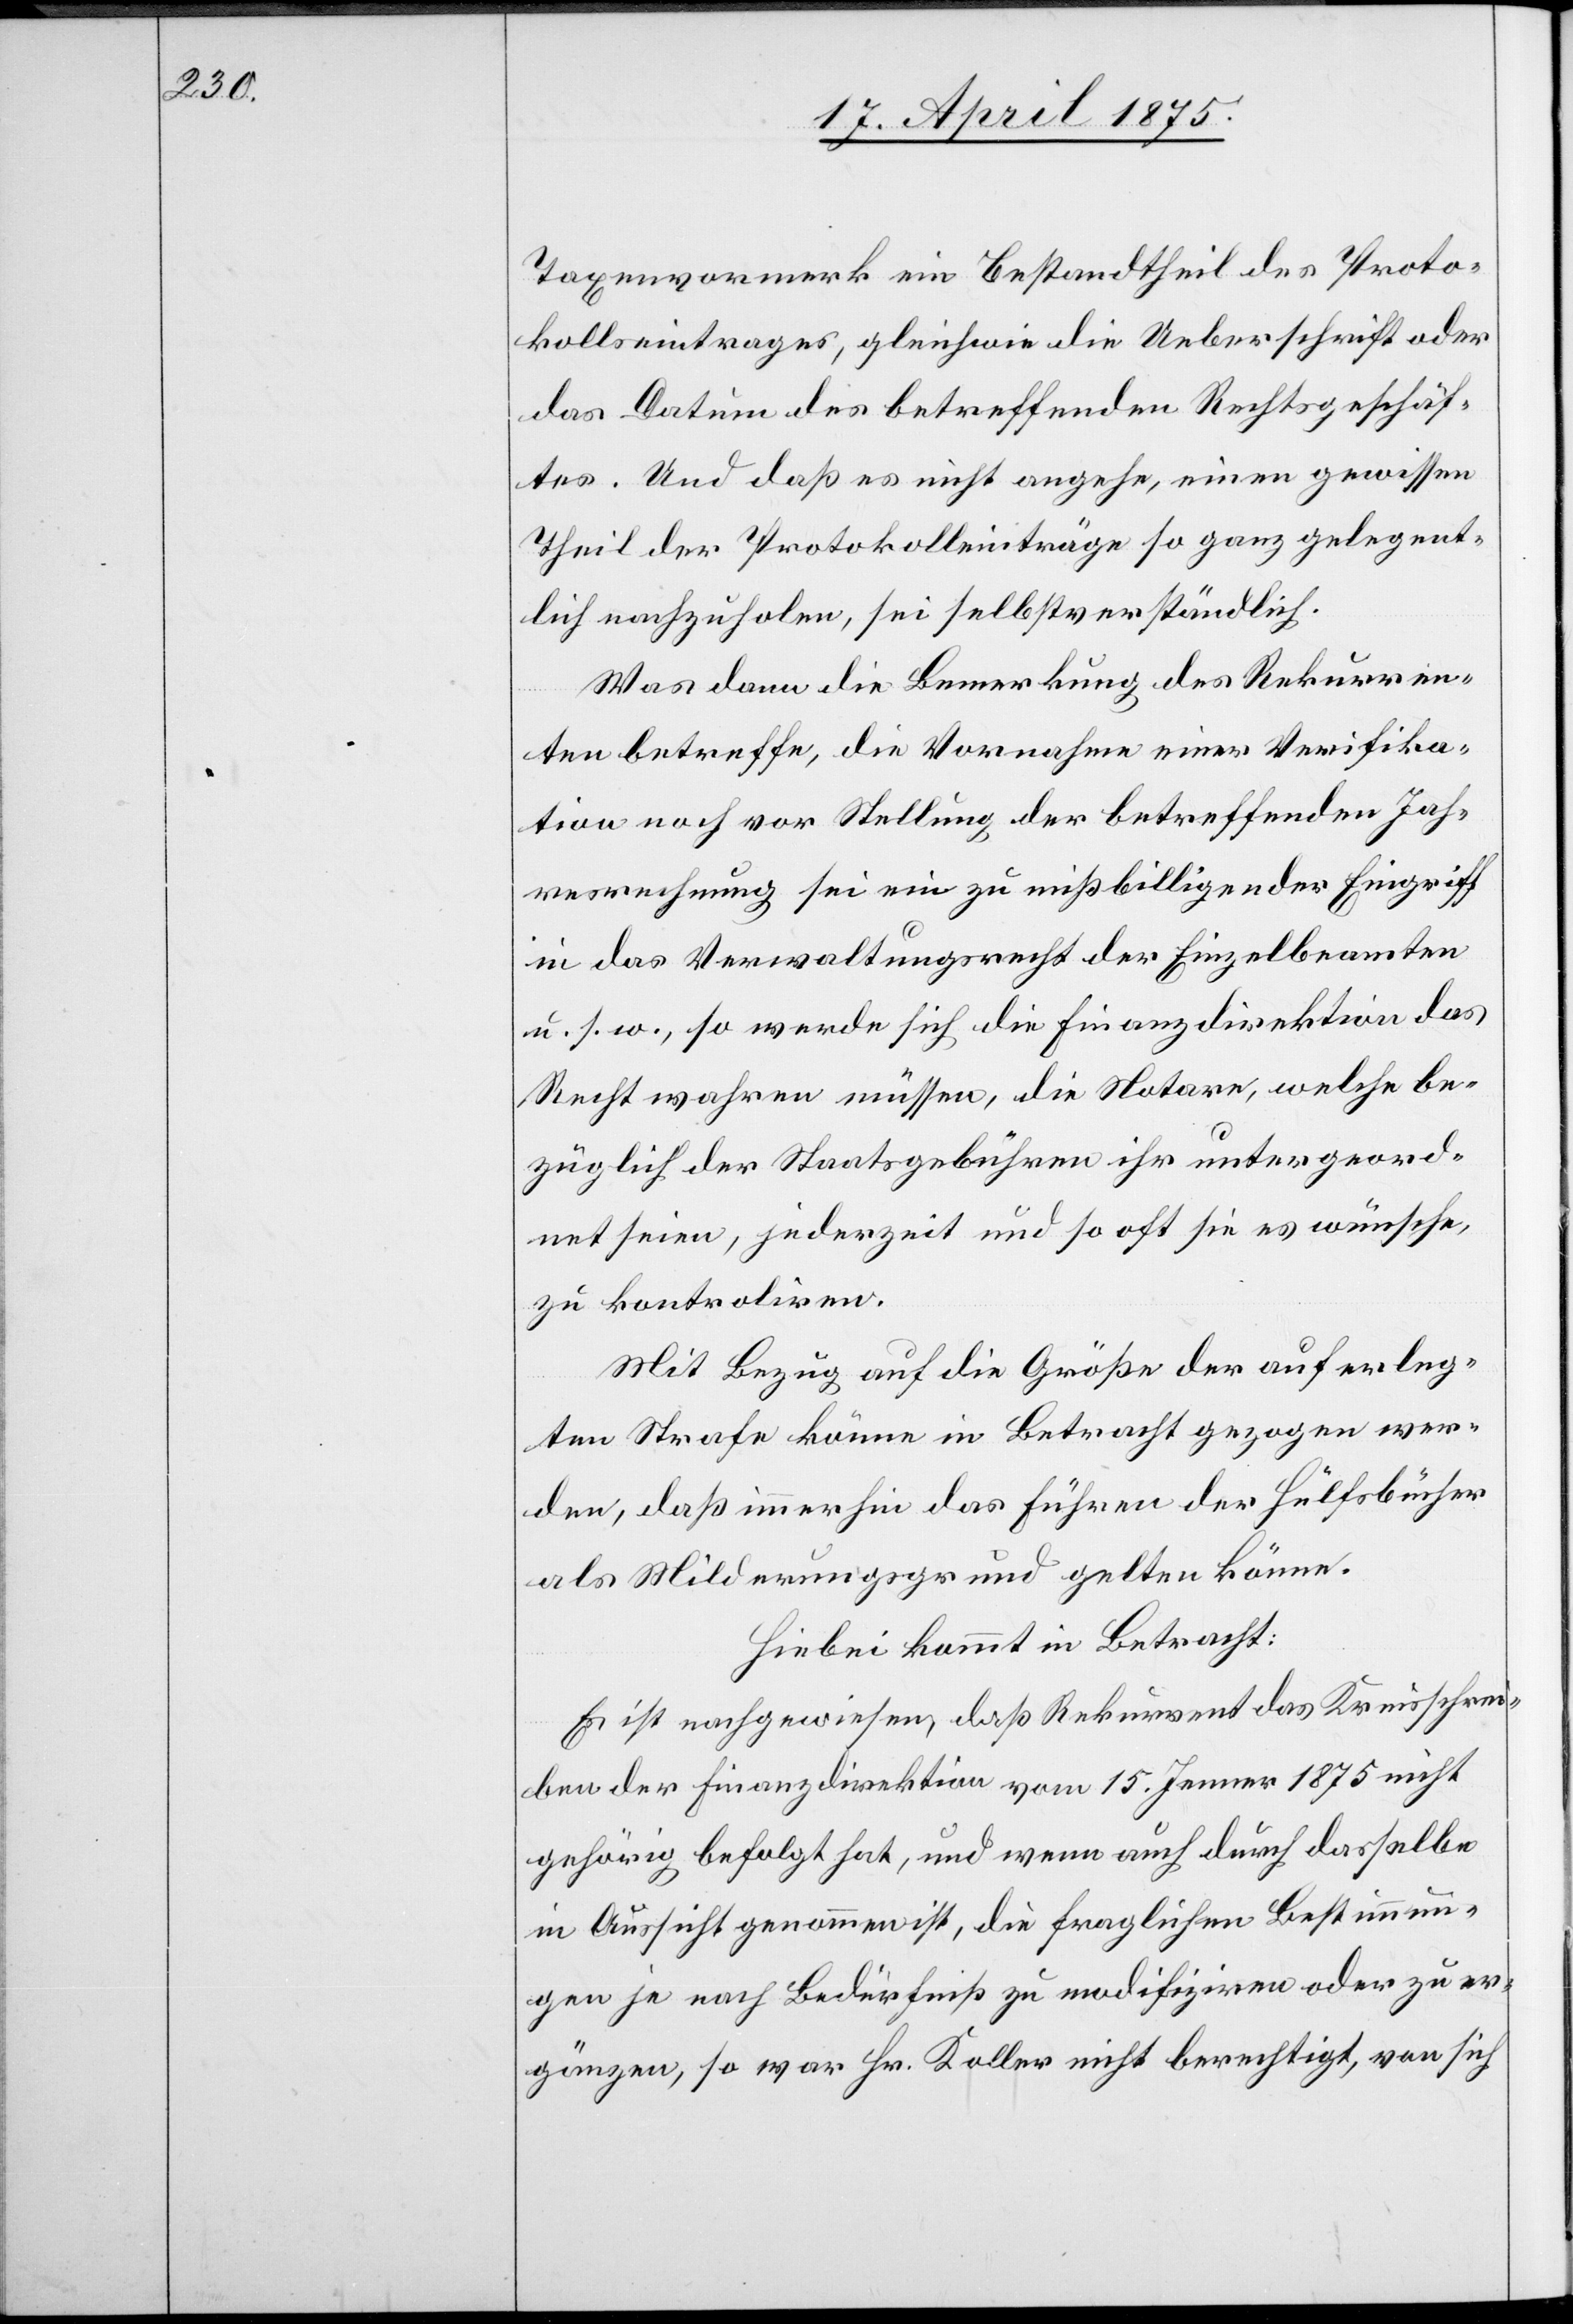
Taxenvormerk ein Bestandtheil des Proto¬
kolleintrages, gleichwie die Ueberschrift oder
das Datum des betreffenden Rechtsgeschäf¬
tes. Und das es nicht angehe, einen gewissen
Theil der Protokolleinträge so ganz gelegent¬
lich nachzuholen, sei selbstverständlich.
Was dann die Bemerkung des Rekurren¬
ten betreffe, die Vornahme einer Verifika¬
tion noch vor Stellung der betreffenden Jah¬
resrechnung sei ein zu mißbilligender Eingriff
in das Verwaltungsrecht der Einzelbeamten
u s. w., so werde sich die Finanzdirektion das
Recht wahren müssen, die Notare, welche be¬
züglich der Staatsgebühren ihr untergeord¬
net seien, jederzeit und so oft sie es wünsche,
zu kontroliren.
Mit Bezug auf die Größe der auferleg¬
ten Strafe könne in Betracht gezogen wer¬
den, daß immerhin das Führen der Hülfsbücher
als Milderungsgrund gelten könne.
Hiebei kommt in Betracht:
Es ist nachgewiesen, daß Rekurrent das Kreisschrei¬
ben der Finanzdirektion vom 15. Jenner 1875 nicht
gehörig befolgt hat, und wenn auch durch dasselbe
in Aussicht genommen ist, die fraglichen Bestimmun¬
gen je nach Bedürfniß zu modifiziren oder zu er¬
gänzen, so war Hr. Koller nicht berechtigt, von sich